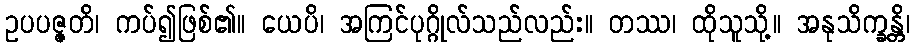
ဥပပဇ္ဇတိ၊ ကပ်၍ဖြစ်၏။ ယေပိ၊ အကြင်ပုဂ္ဂိုလ်သည်လည်း။ တဿ၊ ထိုသူသို့။ အနုသိက္ခန္တိ၊